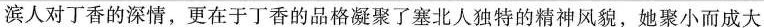
滨人的喜爱。哈尔滨人对丁香的深情，更在于丁香的品格凝聚了塞北人独特的精神风貌，她聚小而成大